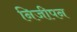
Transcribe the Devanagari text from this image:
निजीपन